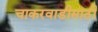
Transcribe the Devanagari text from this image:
चाकरवाडीसाठी